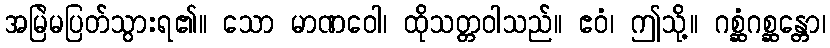
အမြဲမပြတ်သွားရ၏။ သော မာဏဝေါ၊ ထိုသတ္တဝါသည်။ ဧဝံ၊ ဤသို့။ ဂစ္ဆံဂစ္ဆန္တော၊